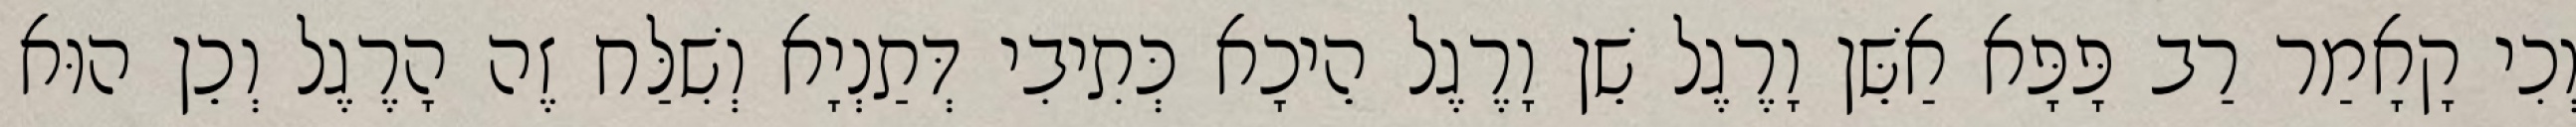
וְכִי קָאָמַר רַב פָּפָּא אַשֵּׁן וָרֶגֶל שֵׁן וָרֶגֶל הֵיכָא כְּתִיבִי דְּתַנְיָא וְשִׁלַּח זֶה הָרֶגֶל וְכֵן הוּא